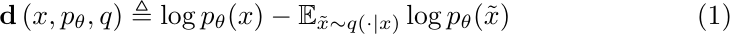
\begin{equation}
  \mathbf{d}\left(x, p_\theta, q\right) \triangleq \log p_\theta(x)-\mathbb{E}_{\tilde{x} \sim q(\cdot \mid x)} \log p_\theta(\tilde{x})
\end{equation}